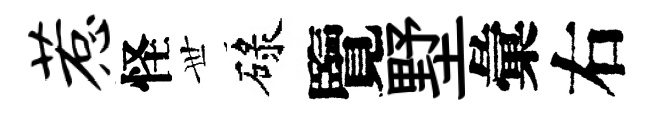
惹怪𠀍碌覽墅彙右